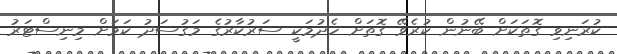
ކުރަނިވި ގޮތަކަށް ބޭނުން ކުރެވޭ ގޮތަށް ހެދުމަކީ ސަރުކާރުގެ މަގުސަދު ކަމަށް މިނިސްޓަރު